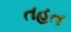
તહત